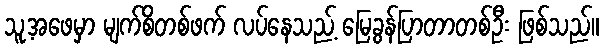
သူ့အဖေမှာ မျက်စိတစ်ဖက် လပ်နေသည့် မြေခွန်ပြာတာတစ်ဦး ဖြစ်သည်။